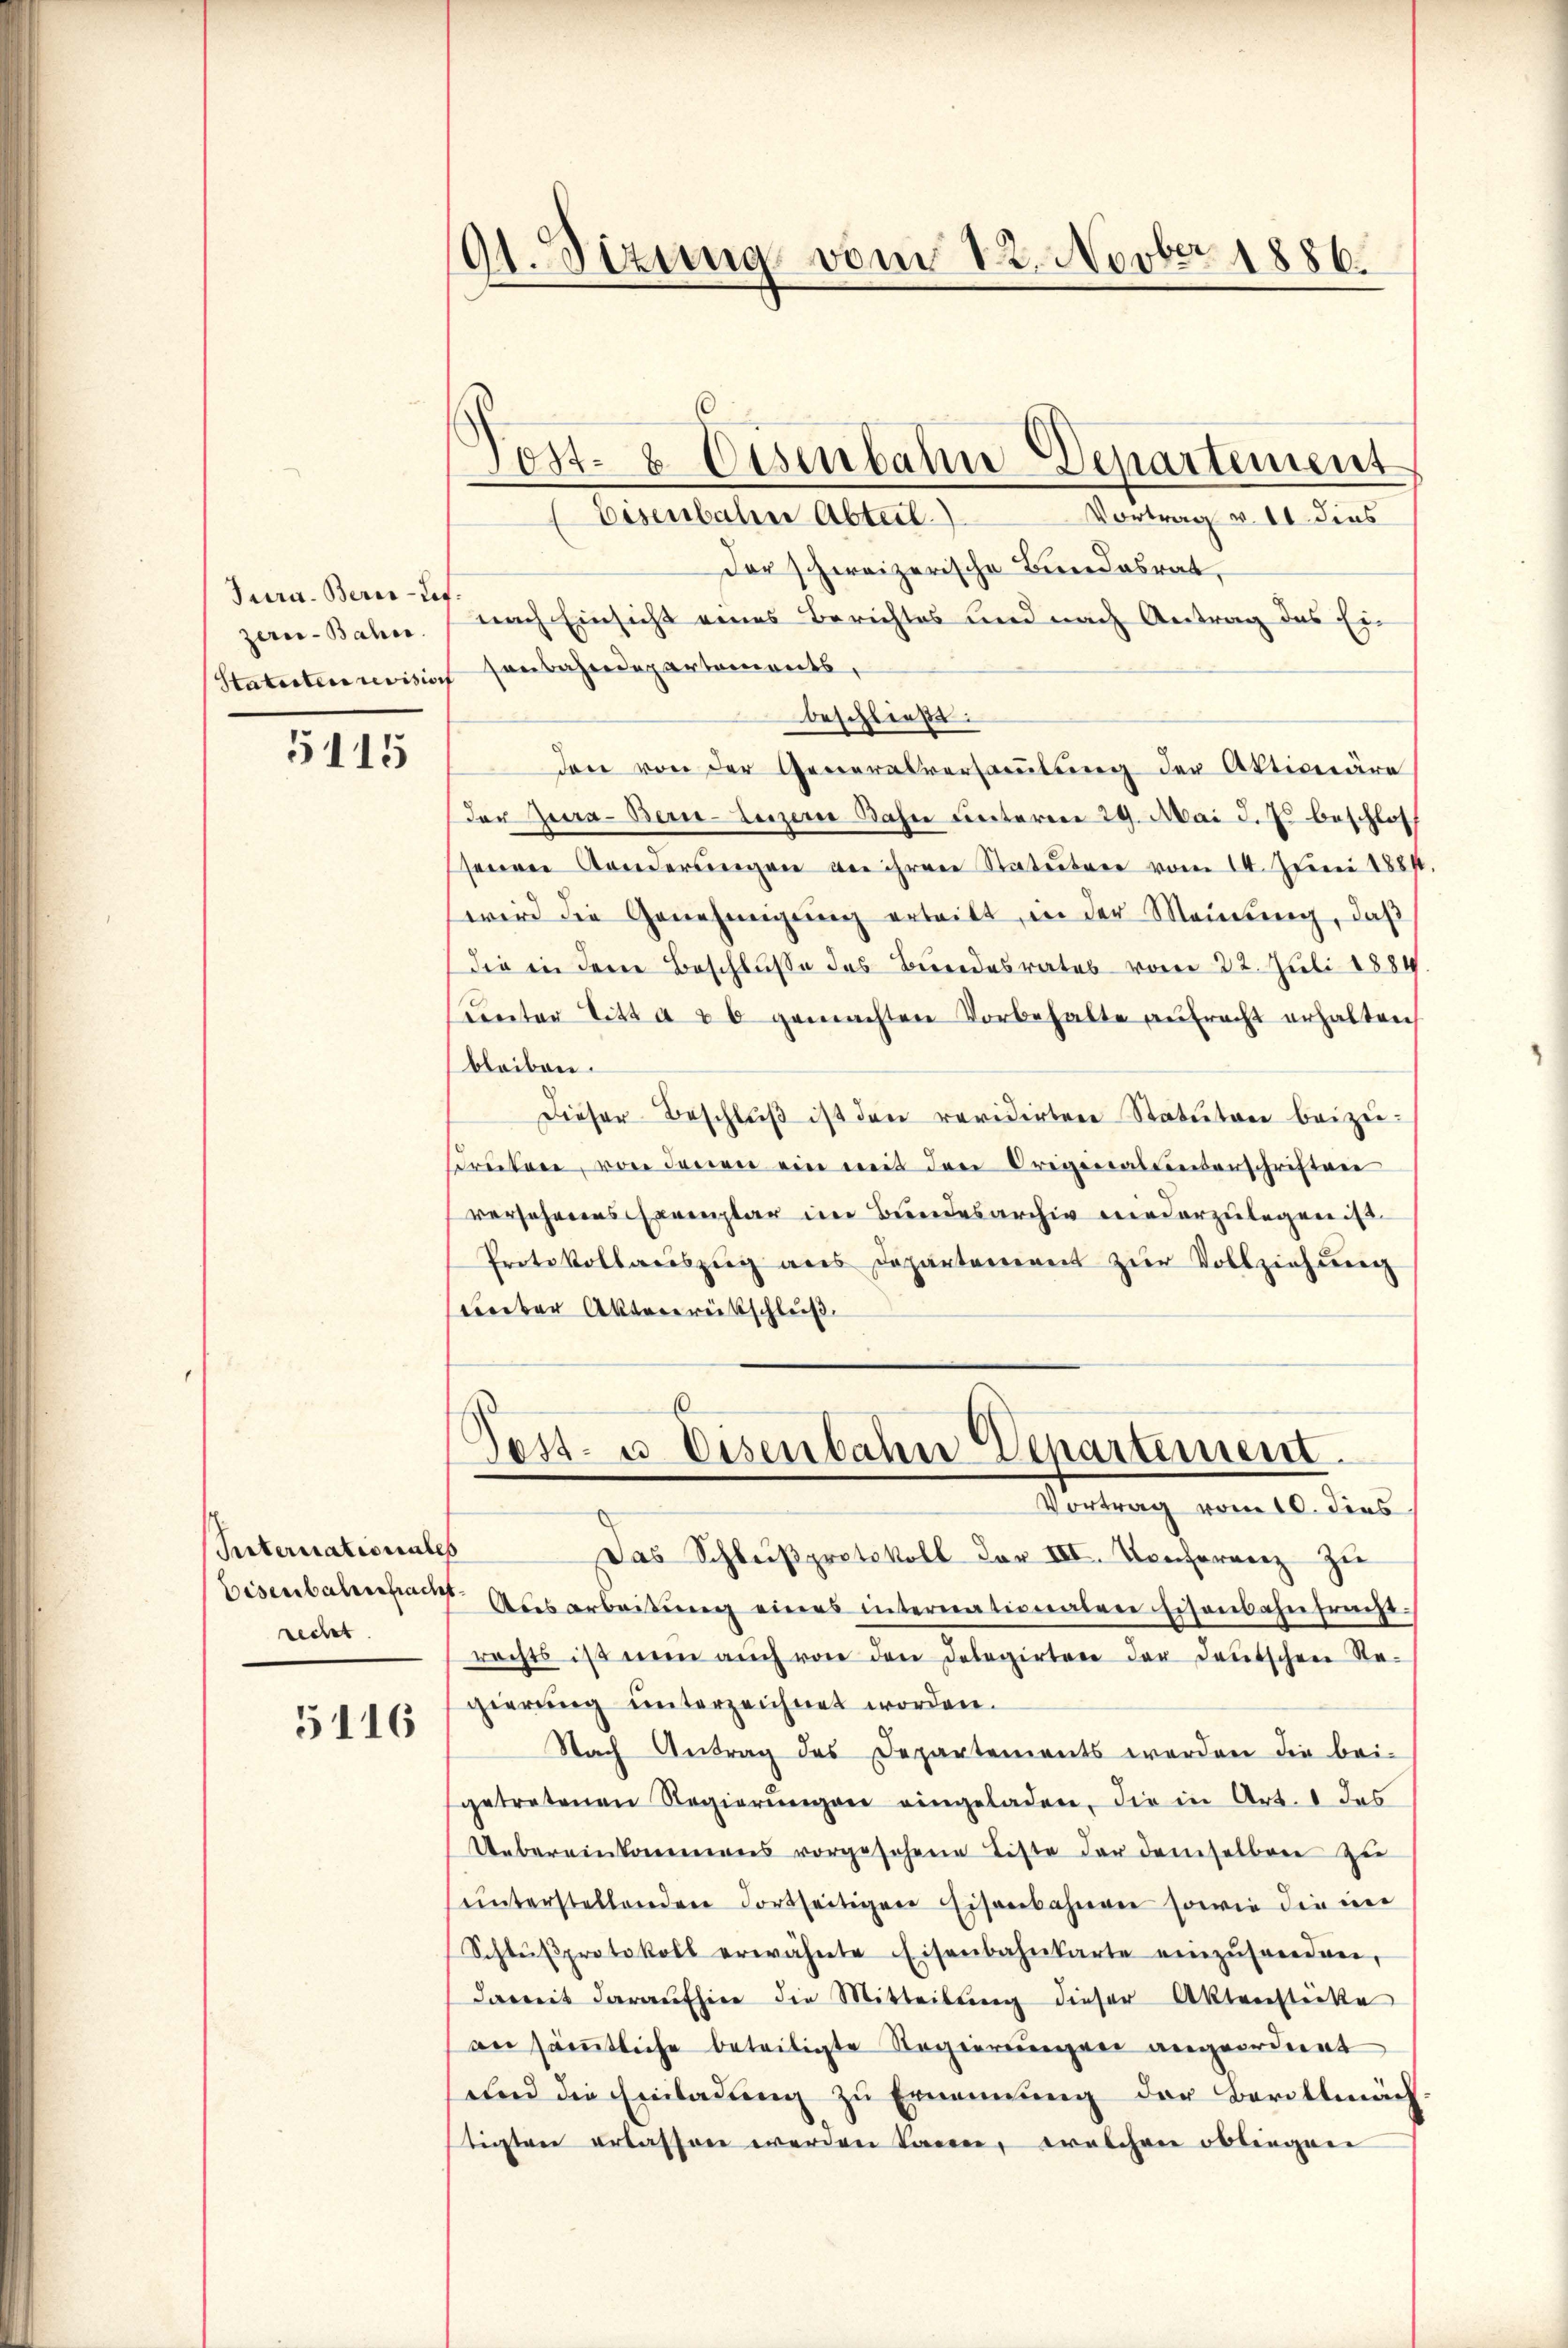
Jura. Berne-Lef.
zerer-Bahn.
Statuten revision

5115

Sternationales
Eisenbahresfracht
recht

5116

191. Sizung vom 12. Novber 1886.

6
Tost- & Eisenbahn Departement
Vortrag v. 10. dies
Eisenbahne Abteil)

Der schweizerische Bundesrat,
nach Einsicht eines Berichtes und nach Antrag das Ein
sonbahndepartements,
beschließt:
den von der Generalversammlung der Aktionäre
der Zura-Bern-Luzern Bahn unteren 29. Mai d. Js. beschlos
senen Sonderungen an ihren Statuten vom 14. Juni 1881
wird die Genehmigung erteilt, in der Meinung, daß
die in dere Beschlusse des Bundesrates vom 22. Juli 1884
unter Titt a u 6 gemachten Vorbehalte aufrecht erhalten,
bleiben.
Dieser Beschlŭβ ist den revidirten Statuten beizudruten, von denen ein mit den Originalunterschriften
versehenens Exemplar im Bundesarchiv niederzulegen ist
Protokollauszug aus Departanereit zŭr Vollziehung
Weeber Akterereitschluß
Post- u. Eisenbahn Departement.
Vortrag vom 10. dies
Das Schlŭβprotokoll der III. Konferenz zŭ
Ausarbeitŭng eines internationalen Eisenbahntracht.
rachts ist nŭn aŭch von den Delegirten der deutschen Re-
gierung unterzeichnet worden.
Nach Antrag des Departements werden die bei-
getretenen Regierŭngen eingeladen, die in Art. 1 das
Uebereinkommens vorgesehene Liste der demselben zu
ŭnterstellenden Fortseitigen Eisenbahnen sowie die in
Schlŭβprotokoll erwähnte Eisenbahnkarte einzŭsenden,
damit daraufhier die Mitteilŭng dieser Aktenstücke
an sämtliche beteiligte Regierungen angeordnet
und die Einladung zu Ernennung der Bevollmäch
tigten erlassen werden kann, welchen obliegen